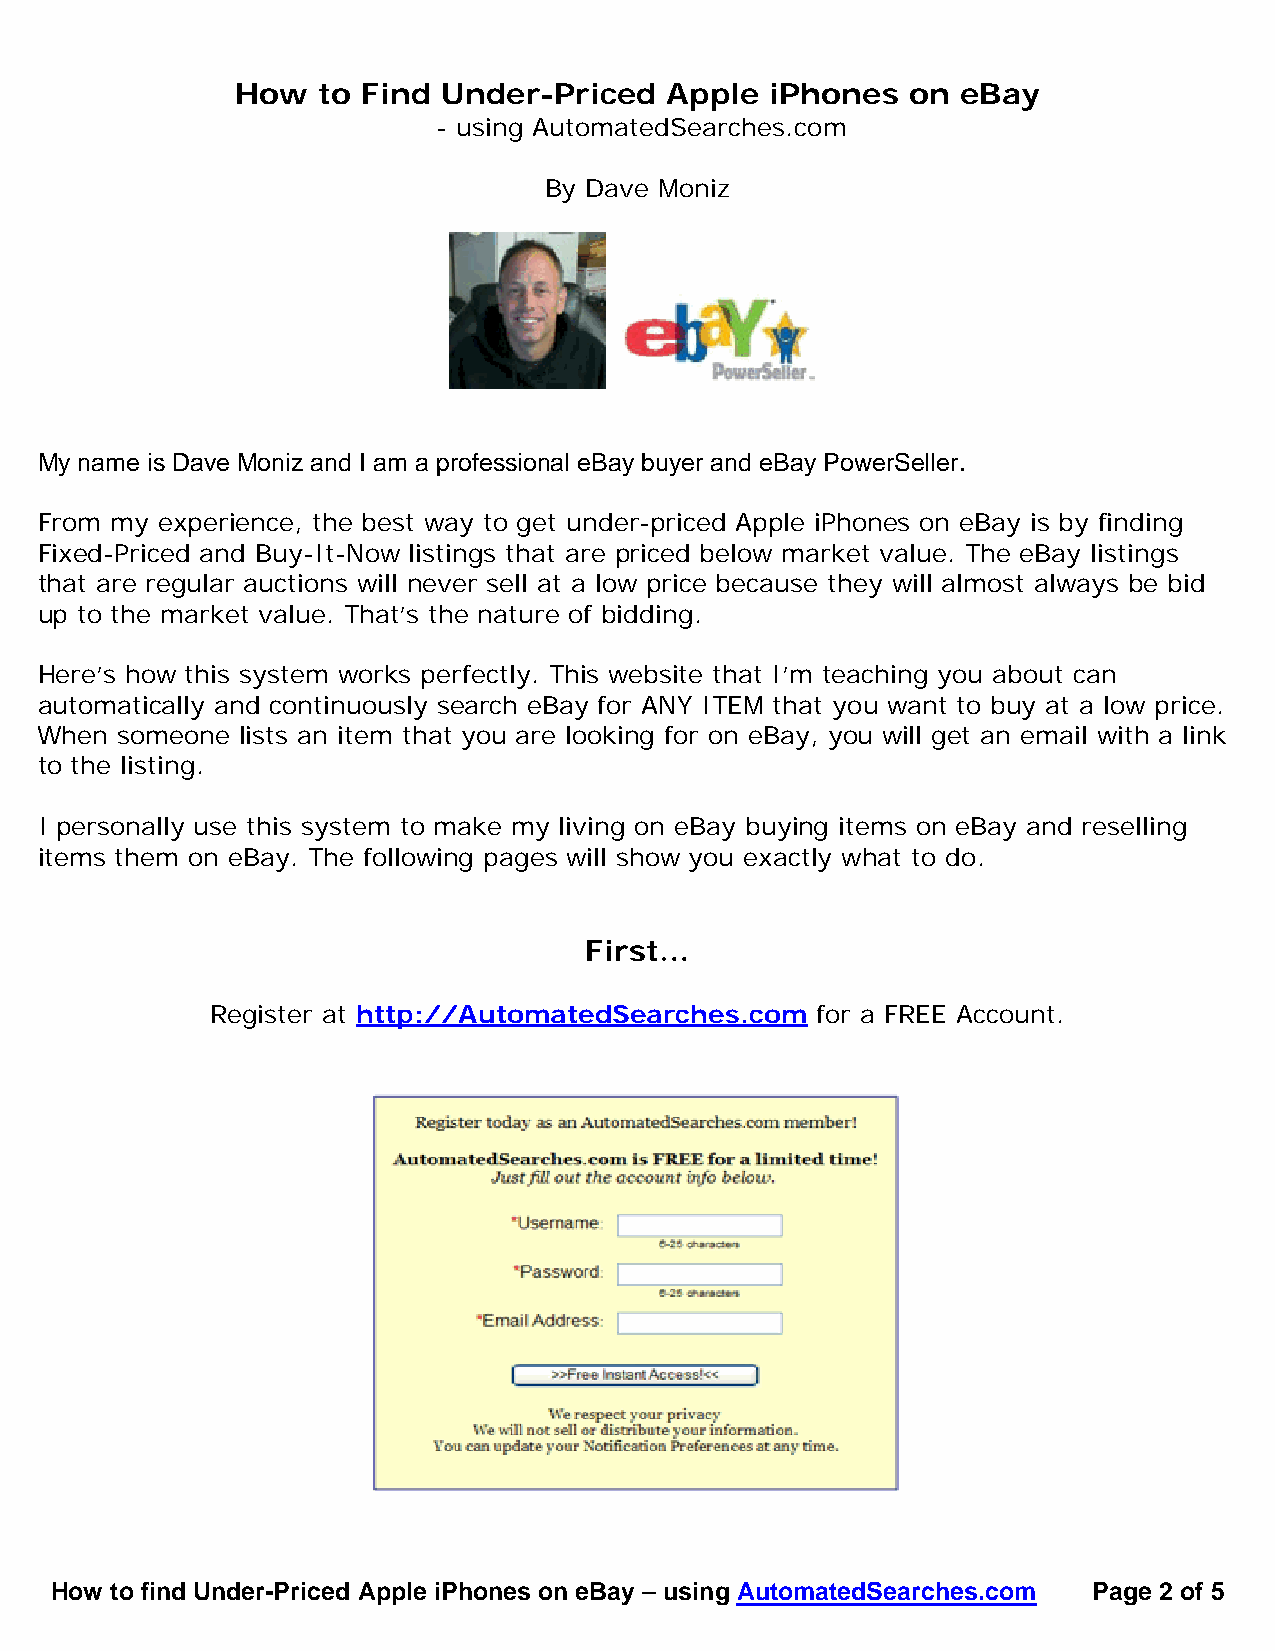
How  to Find Under-Priced   Apple  iPhones  on  eBay
 - using AutomatedSearches.com
 By Dave Moniz
 My name is Dave Moniz and I am a professional eBay buyer and eBay PowerSeller.
 From my  experience, the best way to get under-priced Apple iPhones on eBay is by finding
 Fixed-Priced and Buy-It-Now listings that are priced below market value. The eBay listings
 that are regular auctions will never sell at a low price because they will almost always be bid
 up to the market value. That’s the nature of bidding.
 Here’s how this system works perfectly. This website that I’m teaching you about can
 automatically and continuously search eBay for ANY ITEM that you want to buy at a low price.
 When  someone lists an item that you are looking for on eBay, you will get an email with a link
 to the listing.
 I personally use this system to make my living on eBay buying items on eBay and reselling
 items them on eBay. The following pages will show you exactly what to do.
 First…
 Register at http://AutomatedSearches.com for a FREE Account.
 How to find Under-Priced Apple iPhones on eBay – using AutomatedSearches.com Page 2 of 5